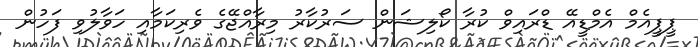
ޕީޕީއެމް އެމްޑީއޭ ޑްރައިވް ކުރާ ކޯލިޝަން ސަރުކާރު މިރާއްޖޭގެ ވެރިކަމާއި ހަވާލުވި ފަހުން